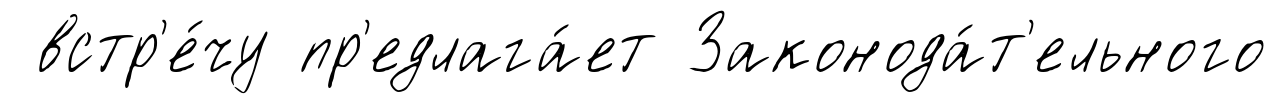
встр'е́чу пр'едлага́ет Законода́т'ельного